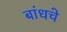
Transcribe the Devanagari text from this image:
बांधचे